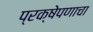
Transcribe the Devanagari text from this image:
प्रक्षेपणाचा